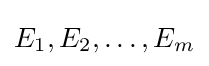
E_{1},E_{2},\ldots ,E_{m}